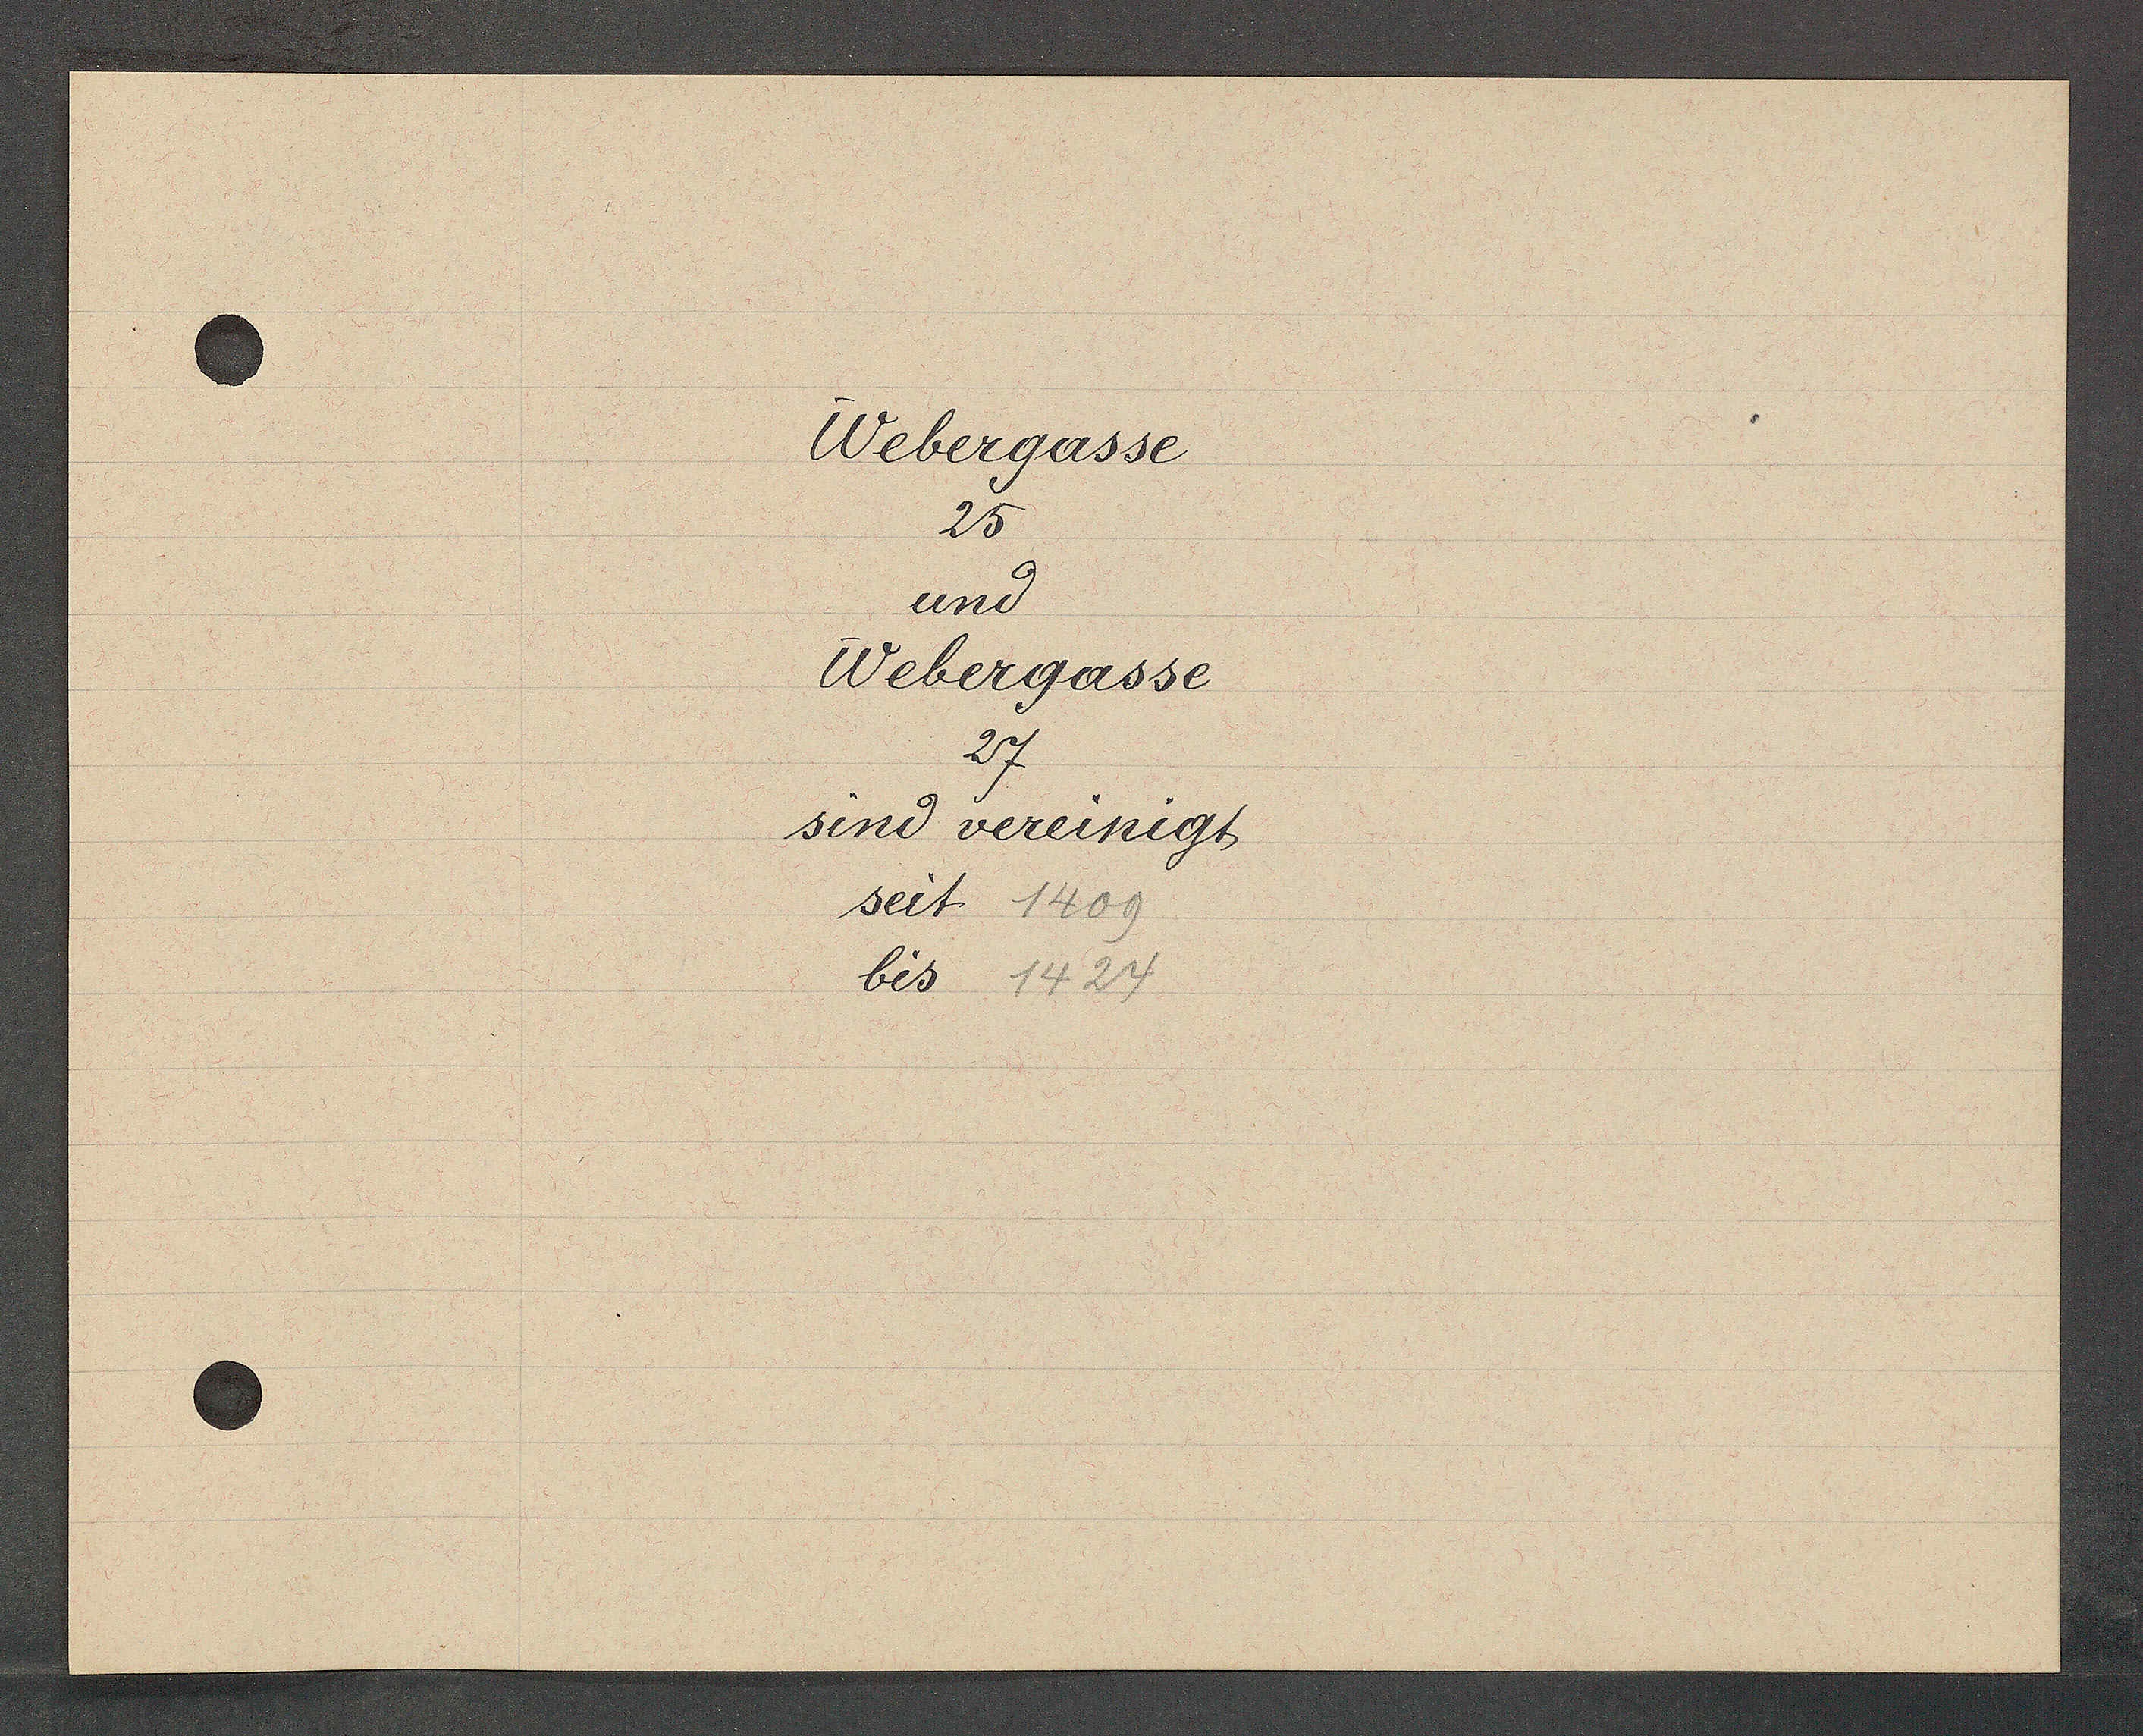
Transcript:
Webergasse
25
und
Webergasse
27
sind vereinigt
seit 1409
bis 1424